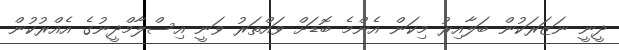
ދީނީ ނަޒަރަކުން ބަލާއިރު މިކަން އެންމެ ބޮޑަށް ވައްތަރު ވަނީ އިސްލާމްދީނުގެ އެއްރުކުން